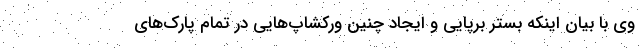
وی با بیان اینکه بستر برپایی و ایجاد چنین ورکشاپ‌هایی در تمام پارک‌های